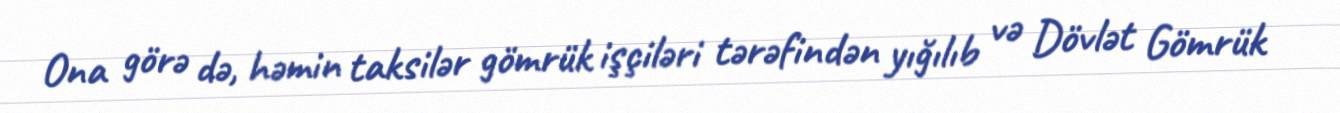
Ona görə də, həmin taksilər gömrük işçiləri tərəfindən yığılıb və Dövlət Gömrük